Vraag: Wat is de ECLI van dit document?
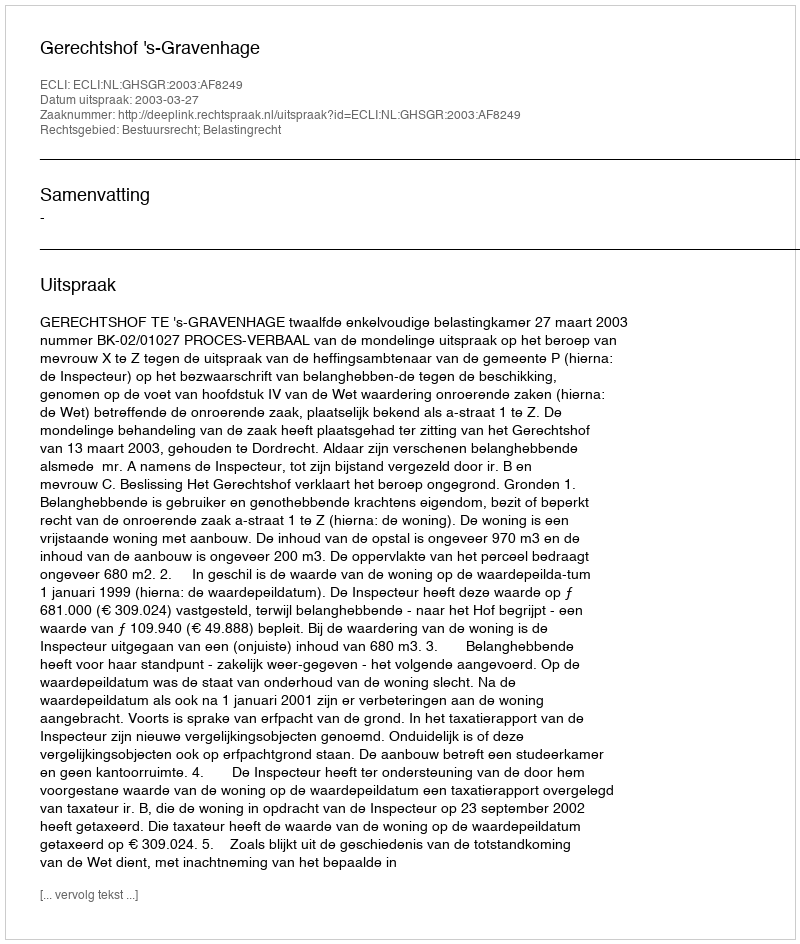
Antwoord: ECLI:NL:GHSGR:2003:AF8249